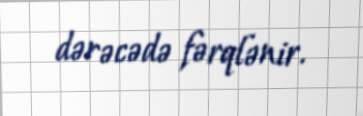
dərəcədə fərqlənir.